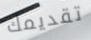
تقديمك